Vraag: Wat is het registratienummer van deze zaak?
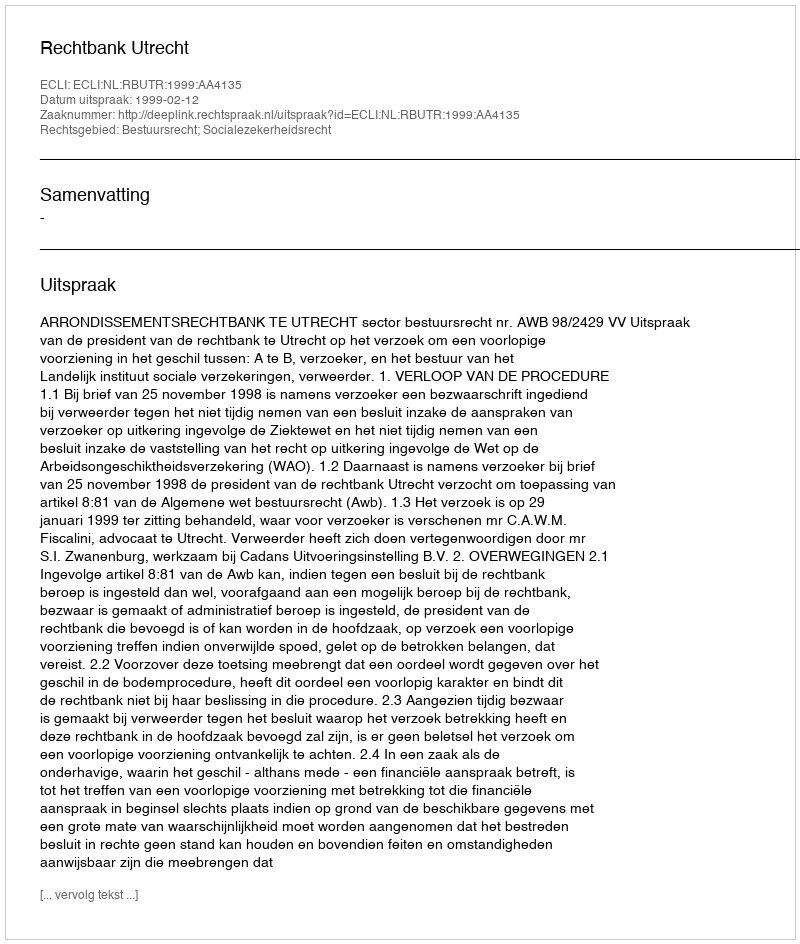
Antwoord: http://deeplink.rechtspraak.nl/uitspraak?id=ECLI:NL:RBUTR:1999:AA4135